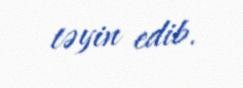
təyin edib.